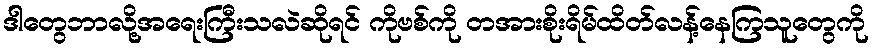
ဒါတွေဘာလို့အရေးကြီးသလဲဆိုရင် ကိုဗစ်ကို တအားစိုးရိမ်ထိတ်လန့်နေကြသူတွေကို